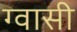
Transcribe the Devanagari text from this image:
ग्वासी